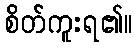
စိတ်ကူးရ၏။